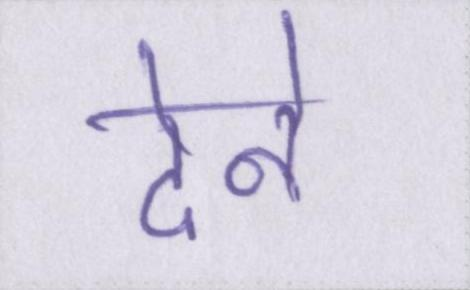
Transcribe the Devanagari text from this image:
देने